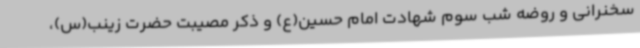
سخنرانی و روضه شب سوم شهادت امام حسین(ع) و ذکر مصیبت حضرت زینب(س)،